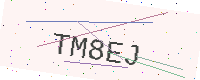
Text: TM8EJ